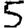
Digit: 5